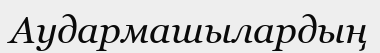
Аудармашылардың